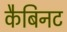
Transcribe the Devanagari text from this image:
कैबिनट